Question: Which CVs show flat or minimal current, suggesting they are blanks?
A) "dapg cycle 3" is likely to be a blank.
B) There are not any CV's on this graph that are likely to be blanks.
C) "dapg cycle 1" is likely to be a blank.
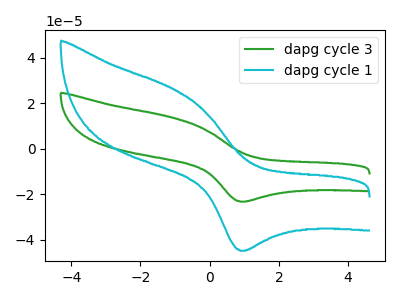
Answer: <think>The green curve "dapg cycle 3" has an anodic peak at (-1.00V, 13.45uA) and a cathodic peak at (0.95V, -23.25uA). The cyan curve "dapg cycle 1" has an anodic peak at (-1.00V, 26.00uA) and a cathodic peak at (0.95V, -44.90uA).</think>
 <answer>B) There are not any CV's on this graph that are likely to be blanks.</answer>
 <eval>B</eval>